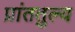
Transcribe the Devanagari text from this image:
प्रांततुल्य